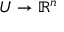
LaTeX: U \to \mathbb { R } ^ { n }